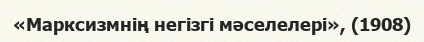
«Марксизмнің негізгі мәселелері», (1908)